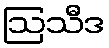
ဩသီဒ